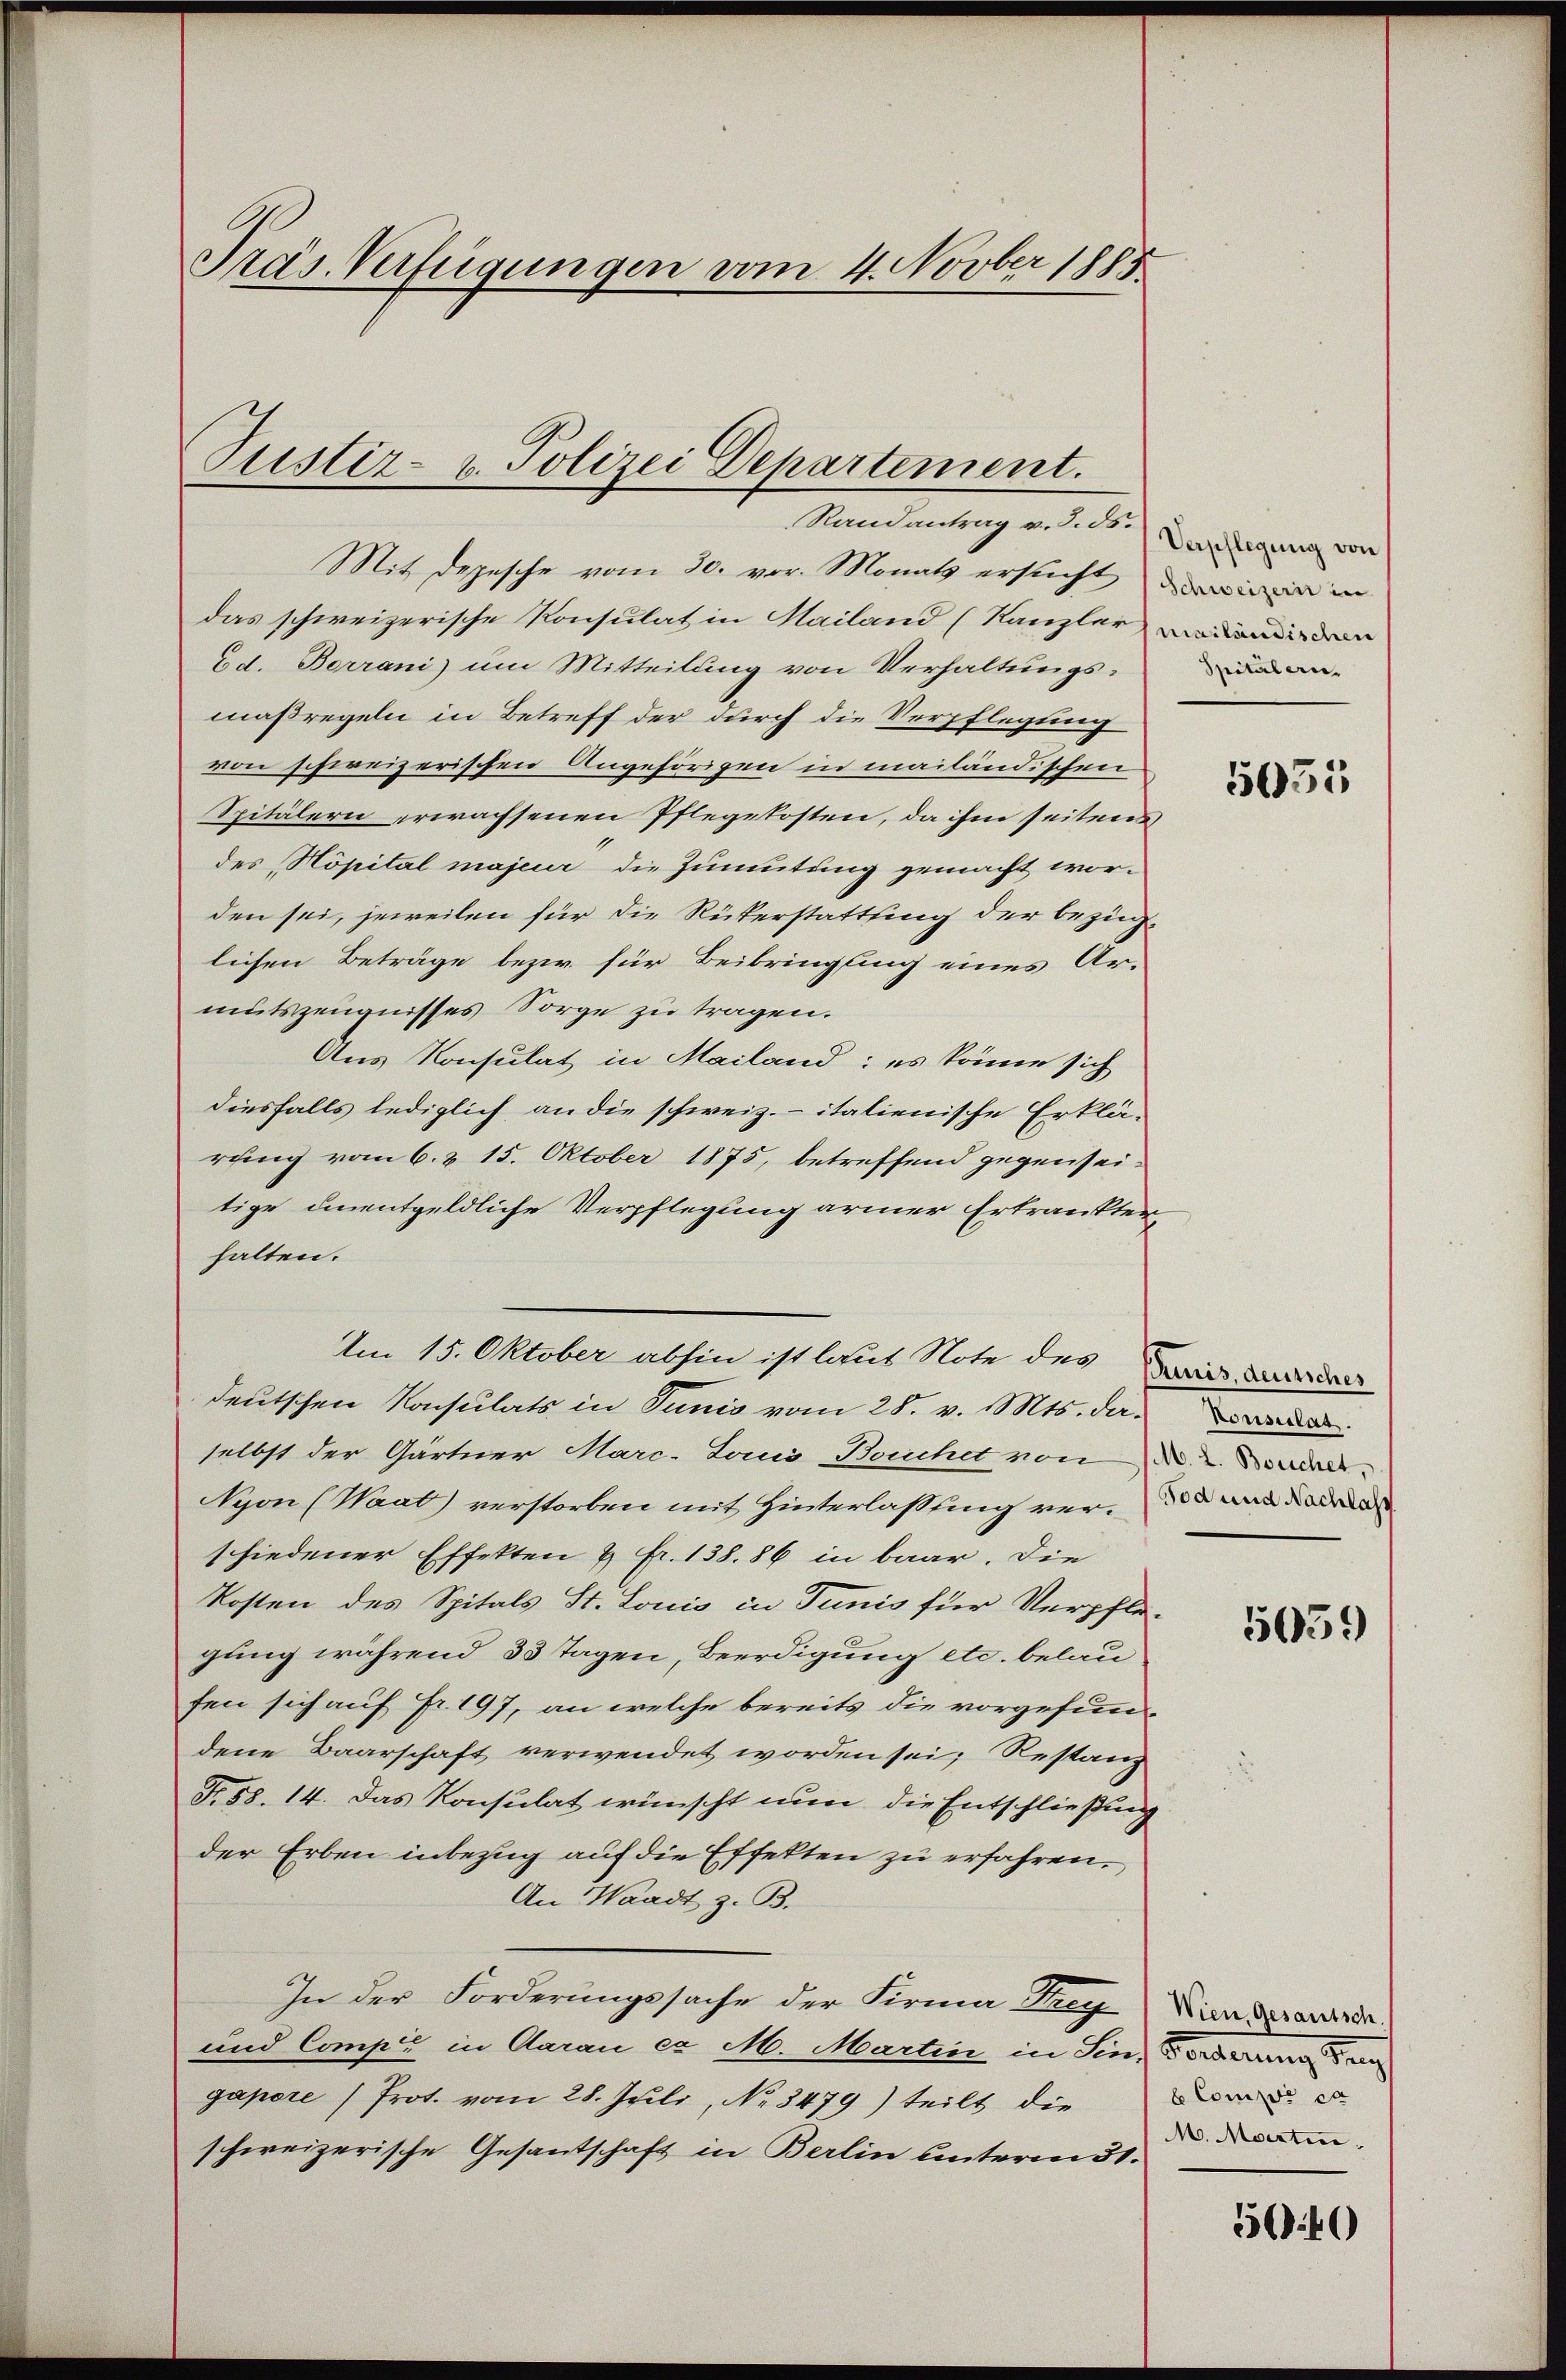
Präs. Verfügungen vom 4. Novber 1865

Justiz- u. Polizei Departement.

Mandantrag v. R.) Verpflegung von
Mit Depesche vom 30. vor. Monats ersucht in
das schweizerische Konsulat in Mailand (Kanzler
Ed. Berrani) um Mitteilung von Verhaltungsmaßregeln in Betreff der durch die Verpflegung
von schweizerischen Angehörigen in mailändischen
Spitälern erwachsenen Pflegekosten, da ihm seitens
des „Höpital majeur die Zumutung gemacht worden sei, jeweilen für die Rükerstattung der bezüg-
lichen Beträge bezw. für Beibringung eines Armutszeugnisses Sorge zu tragen.
Aus Konsulat in Mailand; es könne sich
diesfalls lediglich an die schweiz.- italienische Erklärung vom 6. d. 15. Oktober 1875, betreffend gegenseitige unentgeldliche Verpflegung armer Ertränkter
halten.
Im 15. Oktober abhin ist laus Note des Zwis, da der
deutschen Konsulats in Tunis vom 28. v. Mts. da
selbst der Gärtner Marc. Louis Bauchet von 22. Sonder
Syon (Waat) verstorben mit Hinterlaßung ver- und dad
schiedener Effekten & Fr. 138. 86 in baar. Die
Kosten des Spitals St. Louis in Tunis für Verpfle-
gung während 33 Tagen, Beerdigung etc. belaufen sich auf Fr. 197, an welche bereits die vorgefun
dene Baarschaft verwendet worden sei; Restanz
No. 58. 14. Das Konsulat wünscht nun die Entschließung
der Erben inbezug auf die Effekten zu erfahren.
An Waadt z. B.
In der Forderungssache der Firma Frey Kinderwerde.
und Compa in Aarau et M. Martin in Sin, Forderung der an
gapore Prot. vom 28. Juli, No. 3479) teilt die
schweizerische Gesantschaft in Berlin unterm 31.

Spitalen.

5055

5059)

b Comper ca
M. Martin

5640